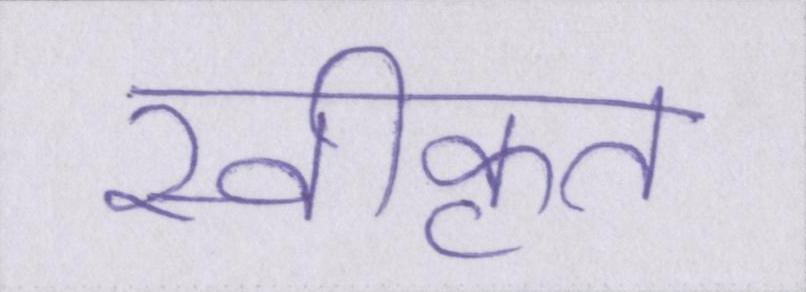
स्वीकृत